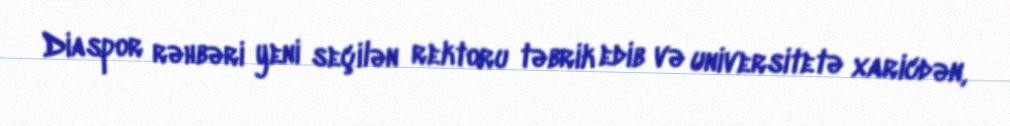
Diaspor rəhbəri yeni seçilən rektoru təbrik edib və universitetə xaricdən,